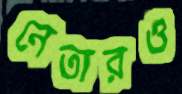
নেতারও